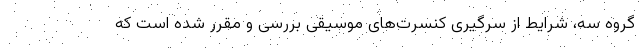
گروه سه، شرایط از سرگیری کنسرت‌های موسیقی بررسی و مقرر شده است که